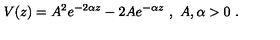
V ( z ) = A ^ { 2 } e ^ { - 2 \alpha z } - 2 A e ^ { - \alpha z } \ , \ A , \alpha > 0 \ .